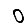
Digit: 0